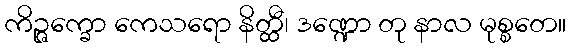
ကိဉ္ဇက္ခော ကေသရော နိတ္ထီ၊ ဒဏ္ဍော တု နာလ မုစ္စတေ။